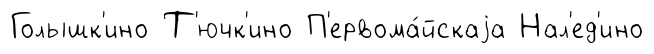
Голышк'ино Т'ючк'ино П'ервома́йскаjа Нал'ед'ино